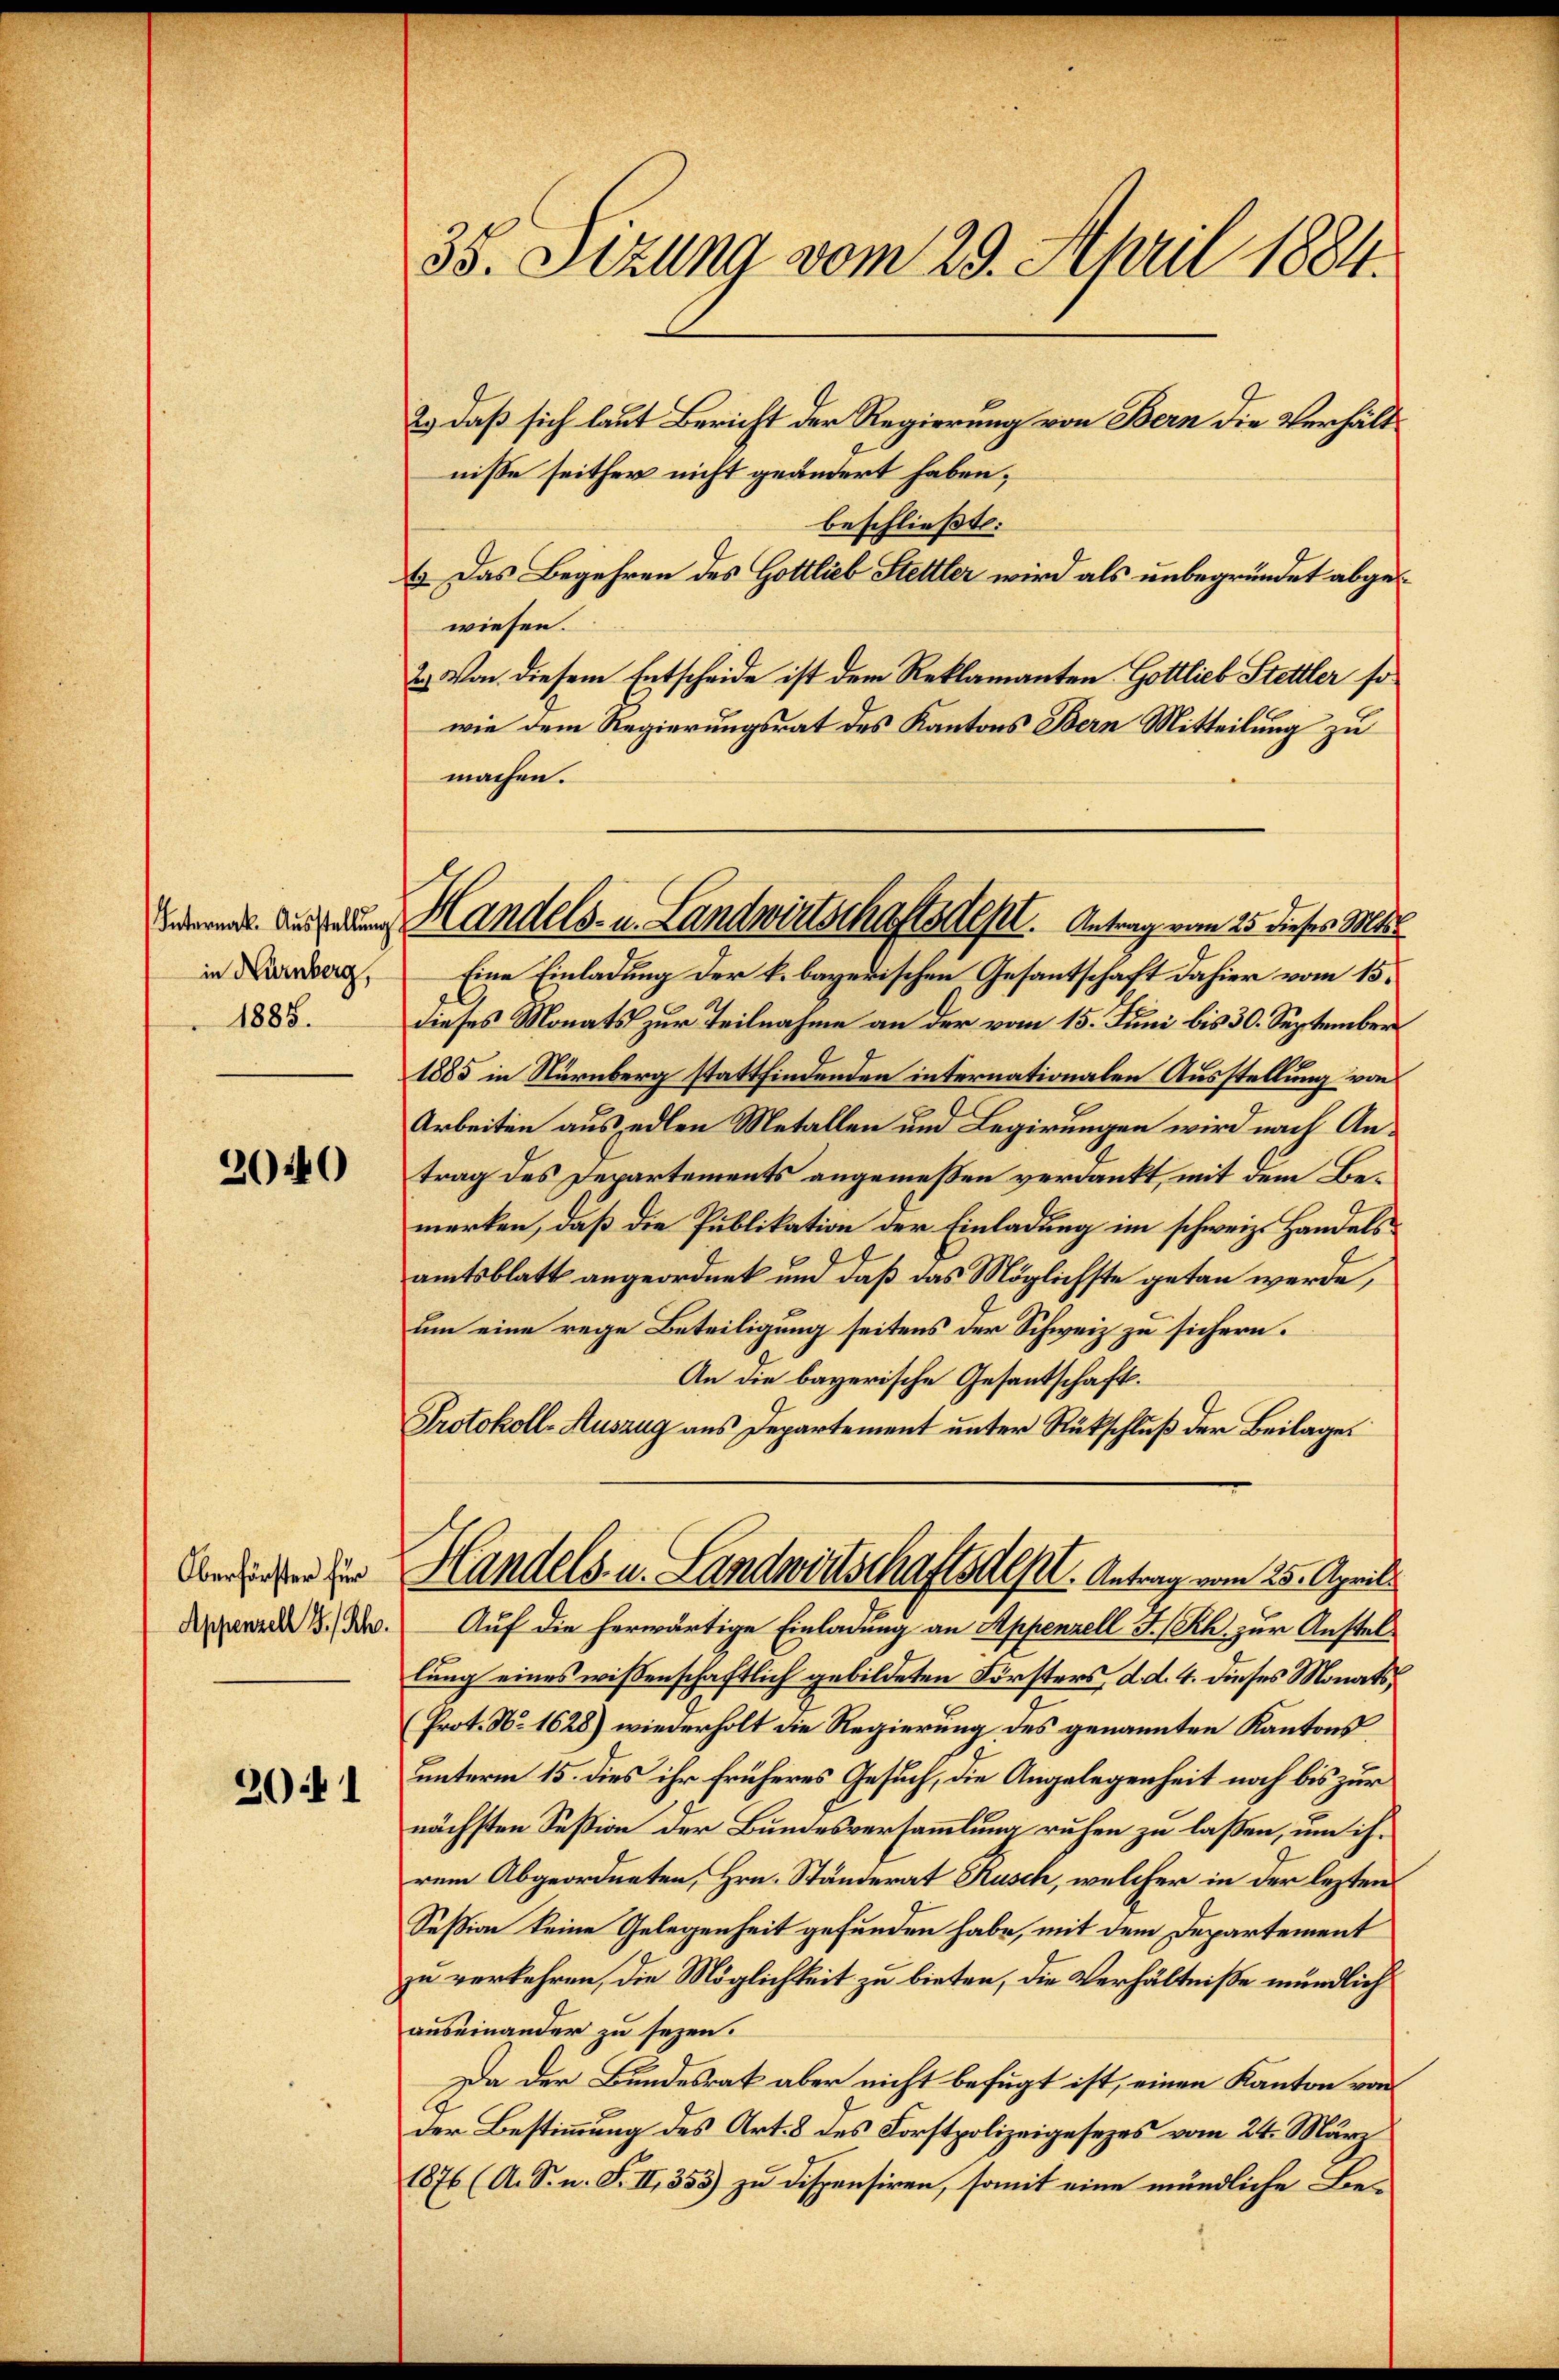
38. Sizung vom 29. April 1884.

2.) daß sich laut Bericht der Regierung von Bern die Verhältnisse seither nicht geändert haben;
beschließt:
1. Das Begehren des Gottlieb Stettler wird als unbegründet abgewiesen.
2.) Von diesem Entscheide ist dem Reklamanten Gottlieb Stettler so
wie dem Regierungsrat des Kantons Bern Mitteilung zu
machen.
Eine Einladung der k. bayerischen Gesantschaft dahier vom 15.
dieses Monats zur Teilnahme an der vom 15. Juni bis 30. September
1885 in Nürnberg stattfindenden internationalen Ausstellung von
Arbeiten aus edlen Metallen und Legirungen wird nach Antrag des Departements angemeßen verdankt, mit dem Bemerken, daß die Publikation der Einladung im schweiz. Handelsamtsblatt angeordnet und daß das Möglichste getan werde,
um eine rege Beteiligung seitens der Schweiz zu sichern.
An die bayerische Gesantschaft.
Protokoll-Auszug aus Departement unter Rückschluß der Beilage
Handels- u. Landwirtschaftsdest. Antrag vom 25. Aprill
Auf die herwärtige Einladung an Appenzell I/Rh. zur Anstellung eines wissenschaftlich gebildeten Försters, d. d. 4. dieses Monats¬
(Prot. No 1628) wiederholt die Regierung des genannten Kantons
unterm 15. dies ihr früheres Gesuch, die Angelegenheit noch bis zur
nächsten Seßion der Bundesversammlung ruhen zu laßen, um ihrem Abgeordneten, Hrn. Ständerat Kusch, welcher in der lezten
Seßion keine Gelegenheit gefunden habe, mit dem Departement
zu verkehren, die Möglichkeit zu bieten, die Verhältniße mündlich
auseinander zu sezen.
Da der Bundesrat aber nicht befugt ist, einen Kanton vor
Der Bestimmung des Art. 8 des Forstpolizeigesezes vom 24. März
1876 (A. S. n. F. II, 353) zu dispensiren, somit eine mündliche Be-

f
enner Aussale Handels- u. Landwirtschaftsdest. Antrag vom 25. dieses Mi

in Nürnberg,
1885.

2040

Oberförster für
Appenzell I/Rh.

2041